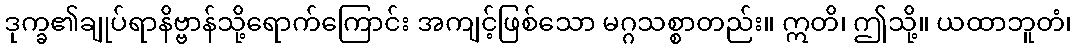
ဒုက္ခ၏ချုပ်ရာနိဗ္ဗာန်သို့ရောက်ကြောင်း အကျင့်ဖြစ်သော မဂ္ဂသစ္စာတည်း။ ဣတိ၊ ဤသို့။ ယထာဘူတံ၊